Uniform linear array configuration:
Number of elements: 32
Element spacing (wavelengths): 0.25
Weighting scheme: cosine
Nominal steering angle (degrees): -60
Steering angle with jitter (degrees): -58.3
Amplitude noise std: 0.05
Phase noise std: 0.05

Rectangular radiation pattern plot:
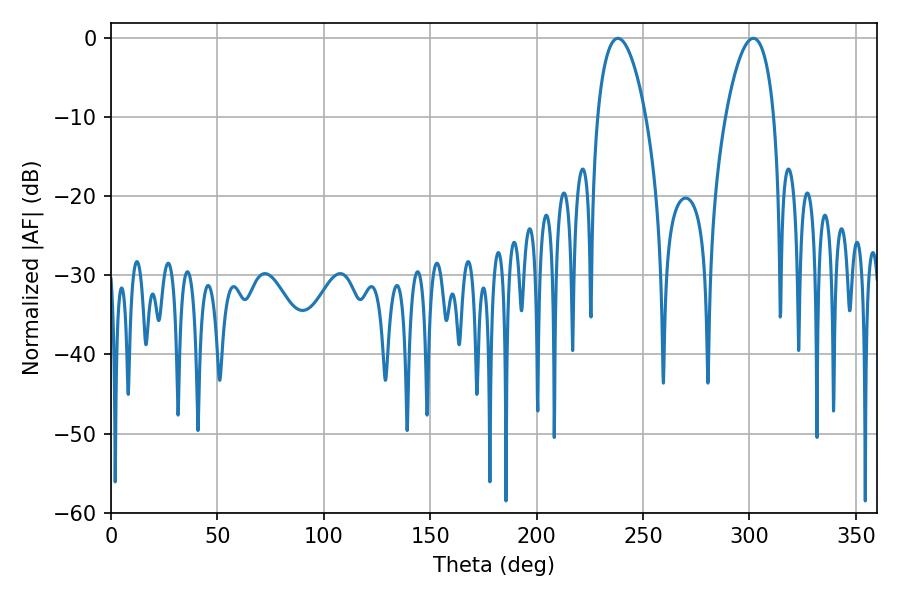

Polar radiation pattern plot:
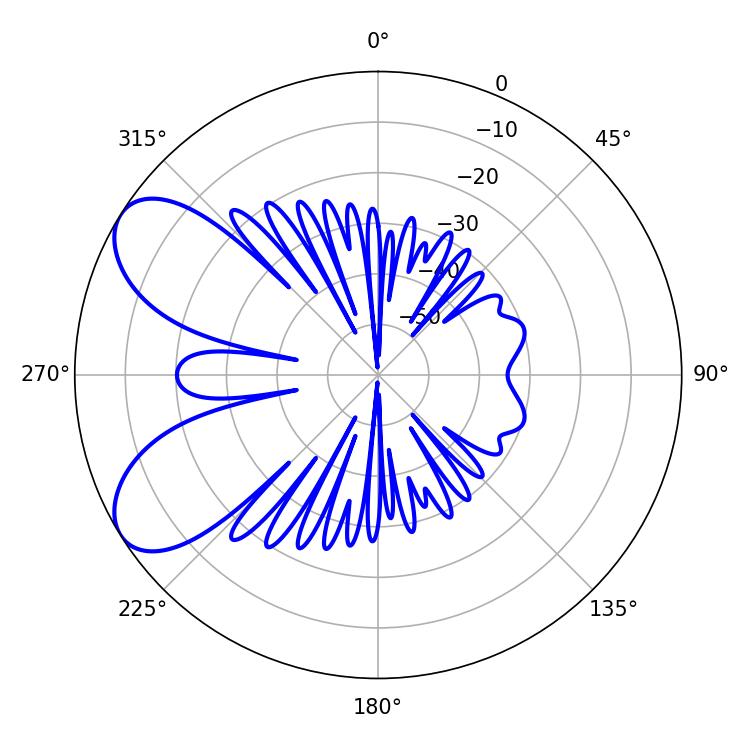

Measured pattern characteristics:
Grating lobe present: FALSE
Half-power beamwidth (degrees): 12.78
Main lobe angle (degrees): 238.14